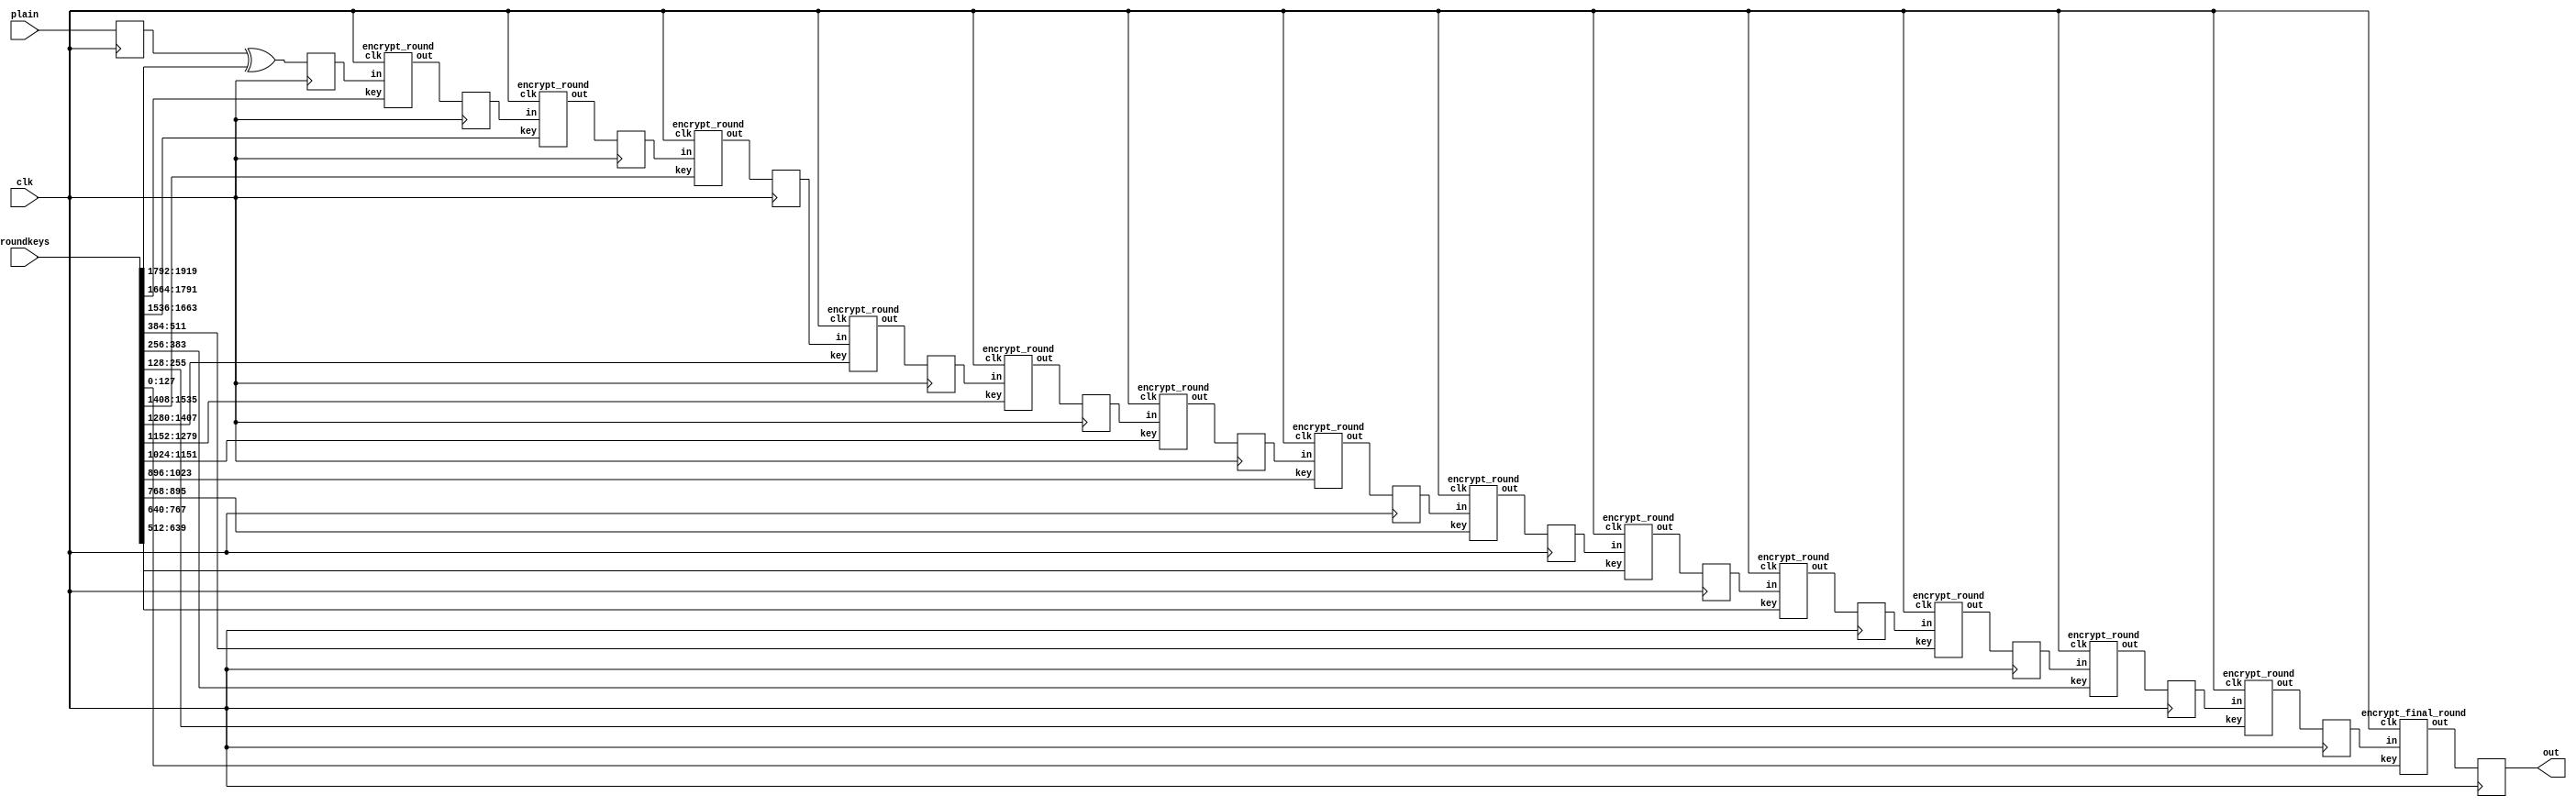
`timescale 1ns / 100fs
//////////////////////////////////////////////////////////////////////////////////
// Company: 
// Engineer: 
// 
// Design Name: 
// Module Name: AES
// Project Name: 
// Target Devices: 
// Tool Versions: 
// Description: 
// 
// Dependencies: 
// 
// Revision:
// Revision 0.01 - File Created
// Additional Comments:
// 
//////////////////////////////////////////////////////////////////////////////////
module aes_encrypt(clk, roundkeys, plain, out);
    input clk;
    input [1919:0] roundkeys;
    input [127:0] plain;
    output [127:0] out;
    
    wire[127:0] k0, k1, k2, k3, k4, k5, k6, k7, k8, k9, k10, k11, k12, k13, k14;
    assign {k0, k1, k2, k3, k4, k5, k6, k7, k8, k9, k10, k11, k12, k13, k14} = roundkeys;
    wire[127:0] w0, w1, w2, w3, w4, w5, w6, w7, w8, w9, w10, w11, w12, w13;
    reg[127:0] temp, first, r0, r1, r2, r3, r4, r5, r6, r7, r8, r9, r10, r11, r12, r13;
    assign out = r13;
    
    encrypt_round
        e0(clk, first, k1, w0),
        e1(clk, r0, k2, w1),
        e2(clk, r1, k3, w2),
        e3(clk, r2, k4, w3),
        e4(clk, r3, k5, w4),
        e5(clk, r4, k6, w5),
        e6(clk, r5, k7, w6),
        e7(clk, r6, k8, w7),
        e8(clk, r7, k9, w8),
        e9(clk, r8, k10, w9),
        e10(clk, r9, k11, w10),
        e11(clk, r10, k12, w11),
        e12(clk, r11, k13, w12);
    encrypt_final_round e14(clk, r12, k14, w13);
        
        
    
    always @(posedge clk)
    begin
        temp <= plain;
        first <= temp ^ k0;
        r0 <= w0;
        r1 <= w1;
        r2 <= w2;
        r3 <= w3;
        r4 <= w4;
        r5 <= w5;
        r6 <= w6;
        r7 <= w7;
        r8 <= w8;
        r9 <= w9;
        r10 <= w10;
        r11 <= w11;
        r12 <= w12;
        r13 <= w13;
    end
endmodule

module encrypt_round(clk, in, key, out);
    input clk;
    input [127:0] in;
    input [127:0] key;
    output [127:0] out;
    
    wire[7:0] k0, k1, k2, k3, k4, k5, k6, k7, k8, k9, k10, k11, k12, k13, k14, k15;
    assign {k0, k1, k2, k3, k4, k5, k6, k7, k8, k9, k10, k11, k12, k13, k14, k15} = key;
    wire[7:0] w0, w1, w2, w3, w4, w5, w6, w7, w8, w9, w10, w11, w12, w13, w14, w15;
    assign {w0, w1, w2, w3, w4, w5, w6, w7, w8, w9, w10, w11, w12, w13, w14, w15} = in;
    wire[7:0] s0, s1, s2, s3, s4, s5, s6, s7, s8, s9, s10, s11, s12, s13, s14, s15;
    wire[7:0] t0, t1, t2, t3, t4, t5, t6, t7, t8, t9, t10, t11, t12, t13, t14, t15;
    wire[7:0] o0, o1, o2, o3, o4, o5, o6, o7, o8, o9, o10, o11, o12, o13, o14, o15;
    
    assign out = {o0, o1, o2, o3, o4, o5, o6, o7, o8, o9, o10, o11, o12, o13, o14, o15};
    sub
        sb0(clk, w0, s0),
        sb1(clk, w1, s1),
        sb2(clk, w2, s2),
        sb3(clk, w3, s3),
        sb4(clk, w4, s4),
        sb5(clk, w5, s5),
        sb6(clk, w6, s6),
        sb7(clk, w7, s7),
        sb8(clk, w8, s8),
        sb9(clk, w9, s9),
        sb10(clk, w10, s10),
        sb11(clk, w11, s11),
        sb12(clk, w12, s12),
        sb13(clk, w13, s13),
        sb14(clk, w14, s14),
        sb15(clk, w15, s15);
    tsub
        tsb0(clk, w0, t0),
        tsb1(clk, w1, t1),
        tsb2(clk, w2, t2),
        tsb3(clk, w3, t3),
        tsb4(clk, w4, t4),
        tsb5(clk, w5, t5),
        tsb6(clk, w6, t6),
        tsb7(clk, w7, t7),
        tsb8(clk, w8, t8),
        tsb9(clk, w9, t9),
        tsb10(clk, w10, t10),
        tsb11(clk, w11, t11),
        tsb12(clk, w12, t12),
        tsb13(clk, w13, t13),
        tsb14(clk, w14, t14),
        tsb15(clk, w15, t15);
assign o0 = t0 ^ s5 ^ t5 ^ s10 ^ s15 ^ k0;
assign o1 = s0 ^ t5 ^ s10 ^ t10 ^ s15 ^ k1;
assign o2 = s0 ^ s5 ^ t10 ^ s15 ^ t15 ^ k2;
assign o3 = s0 ^ t0 ^ s5 ^ s10 ^ t15 ^ k3;
        
assign o4 = t4 ^ s9 ^ t9 ^ s14 ^ s3 ^ k4;
assign o5 = s4 ^ t9 ^ s14 ^ t14 ^ s3 ^ k5;
assign o6 = s4 ^ s9 ^ t14 ^ s3 ^ t3 ^ k6;
assign o7 = s4 ^ t4 ^ s9 ^ s14 ^ t3 ^ k7;
       
assign o8 = t8 ^ s13 ^ t13 ^ s2 ^ s7 ^ k8;
assign o9 = s8 ^ t13 ^ s2 ^ t2 ^ s7 ^ k9;
assign o10 = s8 ^ s13 ^ t2 ^ s7 ^ t7 ^ k10;
assign o11 = s8 ^ t8 ^ s13 ^ s2 ^ t7 ^ k11;
       
assign o12 = t12 ^ s1 ^ t1 ^ s6 ^ s11 ^ k12;
assign o13 = s12 ^ t1 ^ s6 ^ t6 ^ s11 ^ k13;
assign o14 = s12 ^ s1 ^ t6 ^ s11 ^ t11 ^ k14;
assign o15 = s12 ^ t12 ^ s1 ^ s6 ^ t11 ^ k15;
//    always @(posedge clk)
//    begin
//        o0 <= t0 ^ s5 ^ t5 ^ s10 ^ s15 ^ k0;
//        o1 <= s0 ^ t5 ^ s10 ^ t10 ^ s15 ^ k1;
//        o2 <= s0 ^ s5 ^ t10 ^ s15 ^ t15 ^ k2;
//        o3 <= s0 ^ t0 ^ s5 ^ s10 ^ t15 ^ k3;
        
//        o4 <= t4 ^ s9 ^ t9 ^ s14 ^ s3 ^ k4;
//        o5 <= s4 ^ t9 ^ s14 ^ t14 ^ s3 ^ k5;
//        o6 <= s4 ^ s9 ^ t14 ^ s3 ^ t3 ^ k6;
//        o7 <= s4 ^ t4 ^ s9 ^ s14 ^ t3 ^ k7;
        
//        o8 <= t8 ^ s13 ^ t13 ^ s2 ^ s7 ^ k8;
//        o9 <= s8 ^ t13 ^ s2 ^ t2 ^ s7 ^ k9;
//        o10 <= s8 ^ s13 ^ t2 ^ s7 ^ t7 ^ k10;
//        o11 <= s8 ^ t8 ^ s13 ^ s2 ^ t7 ^ k11;
        
//        o12 <= t12 ^ s1 ^ t1 ^ s6 ^ s11 ^ k12;
//        o13 <= s12 ^ t1 ^ s6 ^ t6 ^ s11 ^ k13;
//        o14 <= s12 ^ s1 ^ t6 ^ s11 ^ t11 ^ k14;
//        o15 <= s12 ^ t12 ^ s1 ^ s6 ^ t11 ^ k15;
//    end
endmodule

module encrypt_final_round(clk, in, key, out);
    input clk;
    input [127:0] in;
    input [127:0] key;
    output [127:0] out;
    
    wire[7:0] k0, k1, k2, k3, k4, k5, k6, k7, k8, k9, k10, k11, k12, k13, k14, k15;
    assign {k0, k1, k2, k3, k4, k5, k6, k7, k8, k9, k10, k11, k12, k13, k14, k15} = key;
    wire[7:0] w0, w1, w2, w3, w4, w5, w6, w7, w8, w9, w10, w11, w12, w13, w14, w15;
    assign {w0, w1, w2, w3, w4, w5, w6, w7, w8, w9, w10, w11, w12, w13, w14, w15} = in;
    wire[7:0] s0, s1, s2, s3, s4, s5, s6, s7, s8, s9, s10, s11, s12, s13, s14, s15;
    wire[7:0] t0, t1, t2, t3, t4, t5, t6, t7, t8, t9, t10, t11, t12, t13, t14, t15;
    wire[7:0] o0, o1, o2, o3, o4, o5, o6, o7, o8, o9, o10, o11, o12, o13, o14, o15;
    
    assign out = {o0, o1, o2, o3, o4, o5, o6, o7, o8, o9, o10, o11, o12, o13, o14, o15};
    sub
        sb0(clk, w0, s0),
        sb1(clk, w1, s1),
        sb2(clk, w2, s2),
        sb3(clk, w3, s3),
        sb4(clk, w4, s4),
        sb5(clk, w5, s5),
        sb6(clk, w6, s6),
        sb7(clk, w7, s7),
        sb8(clk, w8, s8),
        sb9(clk, w9, s9),
        sb10(clk, w10, s10),
        sb11(clk, w11, s11),
        sb12(clk, w12, s12),
        sb13(clk, w13, s13),
        sb14(clk, w14, s14),
        sb15(clk, w15, s15);
assign o0 = s0 ^ k0;
assign o1 = s5 ^ k1;
assign o2 = s10 ^ k2;
assign o3 = s15 ^ k3;
assign o4 = s4 ^ k4;
assign o5 = s9 ^ k5;
assign o6 = s14 ^ k6;
assign o7 = s3 ^ k7;
assign o8 = s8 ^ k8;
assign o9 = s13 ^ k9;
assign o10 = s2 ^ k10;
assign o11 = s7 ^ k11;
assign o12 = s12 ^ k12;
assign o13 = s1 ^ k13;
assign o14 = s6 ^ k14;
assign o15 = s11 ^ k15;
//    always @(posedge clk)
//    begin
//        o0 <= s0 ^ k0;
//        o1 <= s5 ^ k1;
//        o2 <= s10 ^ k2;
//        o3 <= s15 ^ k3;
//        o4 <= s4 ^ k4;
//        o5 <= s9 ^ k5;
//        o6 <= s14 ^ k6;
//        o7 <= s3 ^ k7;
//        o8 <= s8 ^ k8;
//        o9 <= s13 ^ k9;
//        o10 <= s2 ^ k10;
//        o11 <= s7 ^ k11;
//        o12 <= s12 ^ k12;
//        o13 <= s1 ^ k13;
//        o14 <= s6 ^ k14;
//        o15 <= s11 ^ k15;
//    end
endmodule

module roundkey_gen(clk, key, roundkeys);
    input clk;
    input [255:0] key;
    output wire[1919:0] roundkeys;
    wire[255:0] k0, k1, k2, k3, k4, k5, k6;
    wire[127:0] k7a;
    assign k0 = key;
    assign roundkeys = {k0, k1, k2, k3, k4, k5, k6, k7a};

    expand_key
        e1 (clk, k0, 32'h01000000, k1),
        e2 (clk, k1, 32'h02000000, k2),
        e3 (clk, k2, 32'h04000000, k3),
        e4 (clk, k3, 32'h08000000, k4),
        e5 (clk, k4, 32'h10000000, k5),
        e6 (clk, k5, 32'h20000000, k6);
     expand_key_final ekf1(clk, k6, 32'h40000000, k7a);
endmodule

module expand_key(clk, last_key, rcon, out);
    input clk;
    input [255:0] last_key;
    input [31:0] rcon;
    output [255:0] out;
    
    wire [31:0] l0, l1, l2, l3, l4, l5, l6, l7;
    wire [31:0] w0, w1, w2, w3, w4, w5, w6, w7;
    //    reg [31:0] w0, w1, w2, w3, w4, w5, w6, w7;    
    assign {l0, l1, l2, l3, l4, l5, l6, l7} = last_key;
    wire[31:0] t0, t1;
    sub4
        s0(clk, {l7[23:0], l7[31:24]}, t0),
        s4(clk, w3, t1);
//    always @(posedge clk)
//    begin
//        w0 <= t0 ^ l0 ^ rcon;
//        w1 <= t0 ^ l0 ^ rcon ^ l1;
//        w2 <= t0 ^ l0 ^ rcon ^ l1 ^ l2;
//        w3 <= t0 ^ l0 ^ rcon ^ l1 ^ l2 ^ l3;
//        w4 <= t1 ^ l4;
//        w5 <= t1 ^ l4 ^ l5;
//        w6 <= t1 ^ l4 ^ l5 ^ l6;
//        w7 <= t1 ^ l4 ^ l5 ^ l6 ^ l7;
//    end    
    
    assign w0 = t0 ^ l0 ^ rcon;
    assign w1 = t0 ^ l0 ^ rcon ^ l1;
    assign w2 = t0 ^ l0 ^ rcon ^ l1 ^ l2;
    assign w3 = t0 ^ l0 ^ rcon ^ l1 ^ l2 ^ l3;
    assign w4 = t1 ^ l4;
    assign w5 = t1 ^ l4 ^ l5;
    assign w6 = t1 ^ l4 ^ l5 ^ l6;
    assign w7 = t1 ^ l4 ^ l5 ^ l6 ^ l7;
    
    assign out = {w0, w1, w2, w3, w4, w5, w6, w7};
endmodule

module expand_key_final(clk, last_key, rcon, out);
    input clk;
    input [255:0] last_key;
    input [31:0] rcon;
    output [127:0] out;
    
    wire [31:0] l0, l1, l2, l3, l4, l5, l6, l7;
    wire [31:0] w0, w1, w2, w3;
    assign {l0, l1, l2, l3, l4, l5, l6, l7} = last_key[255:0];
    
    wire[31:0] t0;
    sub4 s4(clk, {l7[23:0], l7[31:24]}, t0);
    assign w0 = t0 ^ l0 ^ rcon;
    assign w1 = t0 ^ l0 ^ rcon ^ l1;
    assign w2 = t0 ^ l0 ^ rcon ^ l1 ^ l2;
    assign w3 = t0 ^ l0 ^ rcon ^ l1 ^ l2 ^ l3;
    
    assign out = {w0, w1, w2, w3};
endmodule

module sub4(clk, in, out);
    input clk;
    input [31:0] in;
    output [31:0] out;
    
    sub
        s0(clk, in[7:0], out[7:0]),
        s1(clk, in[15:8], out[15:8]),
        s2(clk, in[23:16], out[23:16]),
        s3(clk, in[31:24], out[31:24]);
 endmodule
 
module sub(clk, in, out);
    input clk;
    input [7:0] in;
    output reg [7:0] out;
    always @(negedge clk)
        case(in)
        8'h00: out <= 8'h63;
        8'h01: out <= 8'h7c;
        8'h02: out <= 8'h77;
        8'h03: out <= 8'h7b;
        8'h04: out <= 8'hf2;
        8'h05: out <= 8'h6b;
        8'h06: out <= 8'h6f;
        8'h07: out <= 8'hc5;
        8'h08: out <= 8'h30;
        8'h09: out <= 8'h01;
        8'h0a: out <= 8'h67;
        8'h0b: out <= 8'h2b;
        8'h0c: out <= 8'hfe;
        8'h0d: out <= 8'hd7;
        8'h0e: out <= 8'hab;
        8'h0f: out <= 8'h76;
        8'h10: out <= 8'hca;
        8'h11: out <= 8'h82;
        8'h12: out <= 8'hc9;
        8'h13: out <= 8'h7d;
        8'h14: out <= 8'hfa;
        8'h15: out <= 8'h59;
        8'h16: out <= 8'h47;
        8'h17: out <= 8'hf0;
        8'h18: out <= 8'had;
        8'h19: out <= 8'hd4;
        8'h1a: out <= 8'ha2;
        8'h1b: out <= 8'haf;
        8'h1c: out <= 8'h9c;
        8'h1d: out <= 8'ha4;
        8'h1e: out <= 8'h72;
        8'h1f: out <= 8'hc0;
        8'h20: out <= 8'hb7;
        8'h21: out <= 8'hfd;
        8'h22: out <= 8'h93;
        8'h23: out <= 8'h26;
        8'h24: out <= 8'h36;
        8'h25: out <= 8'h3f;
        8'h26: out <= 8'hf7;
        8'h27: out <= 8'hcc;
        8'h28: out <= 8'h34;
        8'h29: out <= 8'ha5;
        8'h2a: out <= 8'he5;
        8'h2b: out <= 8'hf1;
        8'h2c: out <= 8'h71;
        8'h2d: out <= 8'hd8;
        8'h2e: out <= 8'h31;
        8'h2f: out <= 8'h15;
        8'h30: out <= 8'h04;
        8'h31: out <= 8'hc7;
        8'h32: out <= 8'h23;
        8'h33: out <= 8'hc3;
        8'h34: out <= 8'h18;
        8'h35: out <= 8'h96;
        8'h36: out <= 8'h05;
        8'h37: out <= 8'h9a;
        8'h38: out <= 8'h07;
        8'h39: out <= 8'h12;
        8'h3a: out <= 8'h80;
        8'h3b: out <= 8'he2;
        8'h3c: out <= 8'heb;
        8'h3d: out <= 8'h27;
        8'h3e: out <= 8'hb2;
        8'h3f: out <= 8'h75;
        8'h40: out <= 8'h09;
        8'h41: out <= 8'h83;
        8'h42: out <= 8'h2c;
        8'h43: out <= 8'h1a;
        8'h44: out <= 8'h1b;
        8'h45: out <= 8'h6e;
        8'h46: out <= 8'h5a;
        8'h47: out <= 8'ha0;
        8'h48: out <= 8'h52;
        8'h49: out <= 8'h3b;
        8'h4a: out <= 8'hd6;
        8'h4b: out <= 8'hb3;
        8'h4c: out <= 8'h29;
        8'h4d: out <= 8'he3;
        8'h4e: out <= 8'h2f;
        8'h4f: out <= 8'h84;
        8'h50: out <= 8'h53;
        8'h51: out <= 8'hd1;
        8'h52: out <= 8'h00;
        8'h53: out <= 8'hed;
        8'h54: out <= 8'h20;
        8'h55: out <= 8'hfc;
        8'h56: out <= 8'hb1;
        8'h57: out <= 8'h5b;
        8'h58: out <= 8'h6a;
        8'h59: out <= 8'hcb;
        8'h5a: out <= 8'hbe;
        8'h5b: out <= 8'h39;
        8'h5c: out <= 8'h4a;
        8'h5d: out <= 8'h4c;
        8'h5e: out <= 8'h58;
        8'h5f: out <= 8'hcf;
        8'h60: out <= 8'hd0;
        8'h61: out <= 8'hef;
        8'h62: out <= 8'haa;
        8'h63: out <= 8'hfb;
        8'h64: out <= 8'h43;
        8'h65: out <= 8'h4d;
        8'h66: out <= 8'h33;
        8'h67: out <= 8'h85;
        8'h68: out <= 8'h45;
        8'h69: out <= 8'hf9;
        8'h6a: out <= 8'h02;
        8'h6b: out <= 8'h7f;
        8'h6c: out <= 8'h50;
        8'h6d: out <= 8'h3c;
        8'h6e: out <= 8'h9f;
        8'h6f: out <= 8'ha8;
        8'h70: out <= 8'h51;
        8'h71: out <= 8'ha3;
        8'h72: out <= 8'h40;
        8'h73: out <= 8'h8f;
        8'h74: out <= 8'h92;
        8'h75: out <= 8'h9d;
        8'h76: out <= 8'h38;
        8'h77: out <= 8'hf5;
        8'h78: out <= 8'hbc;
        8'h79: out <= 8'hb6;
        8'h7a: out <= 8'hda;
        8'h7b: out <= 8'h21;
        8'h7c: out <= 8'h10;
        8'h7d: out <= 8'hff;
        8'h7e: out <= 8'hf3;
        8'h7f: out <= 8'hd2;
        8'h80: out <= 8'hcd;
        8'h81: out <= 8'h0c;
        8'h82: out <= 8'h13;
        8'h83: out <= 8'hec;
        8'h84: out <= 8'h5f;
        8'h85: out <= 8'h97;
        8'h86: out <= 8'h44;
        8'h87: out <= 8'h17;
        8'h88: out <= 8'hc4;
        8'h89: out <= 8'ha7;
        8'h8a: out <= 8'h7e;
        8'h8b: out <= 8'h3d;
        8'h8c: out <= 8'h64;
        8'h8d: out <= 8'h5d;
        8'h8e: out <= 8'h19;
        8'h8f: out <= 8'h73;
        8'h90: out <= 8'h60;
        8'h91: out <= 8'h81;
        8'h92: out <= 8'h4f;
        8'h93: out <= 8'hdc;
        8'h94: out <= 8'h22;
        8'h95: out <= 8'h2a;
        8'h96: out <= 8'h90;
        8'h97: out <= 8'h88;
        8'h98: out <= 8'h46;
        8'h99: out <= 8'hee;
        8'h9a: out <= 8'hb8;
        8'h9b: out <= 8'h14;
        8'h9c: out <= 8'hde;
        8'h9d: out <= 8'h5e;
        8'h9e: out <= 8'h0b;
        8'h9f: out <= 8'hdb;
        8'ha0: out <= 8'he0;
        8'ha1: out <= 8'h32;
        8'ha2: out <= 8'h3a;
        8'ha3: out <= 8'h0a;
        8'ha4: out <= 8'h49;
        8'ha5: out <= 8'h06;
        8'ha6: out <= 8'h24;
        8'ha7: out <= 8'h5c;
        8'ha8: out <= 8'hc2;
        8'ha9: out <= 8'hd3;
        8'haa: out <= 8'hac;
        8'hab: out <= 8'h62;
        8'hac: out <= 8'h91;
        8'had: out <= 8'h95;
        8'hae: out <= 8'he4;
        8'haf: out <= 8'h79;
        8'hb0: out <= 8'he7;
        8'hb1: out <= 8'hc8;
        8'hb2: out <= 8'h37;
        8'hb3: out <= 8'h6d;
        8'hb4: out <= 8'h8d;
        8'hb5: out <= 8'hd5;
        8'hb6: out <= 8'h4e;
        8'hb7: out <= 8'ha9;
        8'hb8: out <= 8'h6c;
        8'hb9: out <= 8'h56;
        8'hba: out <= 8'hf4;
        8'hbb: out <= 8'hea;
        8'hbc: out <= 8'h65;
        8'hbd: out <= 8'h7a;
        8'hbe: out <= 8'hae;
        8'hbf: out <= 8'h08;
        8'hc0: out <= 8'hba;
        8'hc1: out <= 8'h78;
        8'hc2: out <= 8'h25;
        8'hc3: out <= 8'h2e;
        8'hc4: out <= 8'h1c;
        8'hc5: out <= 8'ha6;
        8'hc6: out <= 8'hb4;
        8'hc7: out <= 8'hc6;
        8'hc8: out <= 8'he8;
        8'hc9: out <= 8'hdd;
        8'hca: out <= 8'h74;
        8'hcb: out <= 8'h1f;
        8'hcc: out <= 8'h4b;
        8'hcd: out <= 8'hbd;
        8'hce: out <= 8'h8b;
        8'hcf: out <= 8'h8a;
        8'hd0: out <= 8'h70;
        8'hd1: out <= 8'h3e;
        8'hd2: out <= 8'hb5;
        8'hd3: out <= 8'h66;
        8'hd4: out <= 8'h48;
        8'hd5: out <= 8'h03;
        8'hd6: out <= 8'hf6;
        8'hd7: out <= 8'h0e;
        8'hd8: out <= 8'h61;
        8'hd9: out <= 8'h35;
        8'hda: out <= 8'h57;
        8'hdb: out <= 8'hb9;
        8'hdc: out <= 8'h86;
        8'hdd: out <= 8'hc1;
        8'hde: out <= 8'h1d;
        8'hdf: out <= 8'h9e;
        8'he0: out <= 8'he1;
        8'he1: out <= 8'hf8;
        8'he2: out <= 8'h98;
        8'he3: out <= 8'h11;
        8'he4: out <= 8'h69;
        8'he5: out <= 8'hd9;
        8'he6: out <= 8'h8e;
        8'he7: out <= 8'h94;
        8'he8: out <= 8'h9b;
        8'he9: out <= 8'h1e;
        8'hea: out <= 8'h87;
        8'heb: out <= 8'he9;
        8'hec: out <= 8'hce;
        8'hed: out <= 8'h55;
        8'hee: out <= 8'h28;
        8'hef: out <= 8'hdf;
        8'hf0: out <= 8'h8c;
        8'hf1: out <= 8'ha1;
        8'hf2: out <= 8'h89;
        8'hf3: out <= 8'h0d;
        8'hf4: out <= 8'hbf;
        8'hf5: out <= 8'he6;
        8'hf6: out <= 8'h42;
        8'hf7: out <= 8'h68;
        8'hf8: out <= 8'h41;
        8'hf9: out <= 8'h99;
        8'hfa: out <= 8'h2d;
        8'hfb: out <= 8'h0f;
        8'hfc: out <= 8'hb0;
        8'hfd: out <= 8'h54;
        8'hfe: out <= 8'hbb;
        8'hff: out <= 8'h16;
        endcase 
endmodule

module tsub(clk, in, out);
    input clk;
    input [7:0] in;
    output reg [7:0] out;
    always @(negedge clk)
        case(in)
        8'h00: out <= 8'hc6;
        8'h01: out <= 8'hf8;
        8'h02: out <= 8'hee;
        8'h03: out <= 8'hf6;
        8'h04: out <= 8'hff;
        8'h05: out <= 8'hd6;
        8'h06: out <= 8'hde;
        8'h07: out <= 8'h91;
        8'h08: out <= 8'h60;
        8'h09: out <= 8'h02;
        8'h0a: out <= 8'hce;
        8'h0b: out <= 8'h56;
        8'h0c: out <= 8'he7;
        8'h0d: out <= 8'hb5;
        8'h0e: out <= 8'h4d;
        8'h0f: out <= 8'hec;
        8'h10: out <= 8'h8f;
        8'h11: out <= 8'h1f;
        8'h12: out <= 8'h89;
        8'h13: out <= 8'hfa;
        8'h14: out <= 8'hef;
        8'h15: out <= 8'hb2;
        8'h16: out <= 8'h8e;
        8'h17: out <= 8'hfb;
        8'h18: out <= 8'h41;
        8'h19: out <= 8'hb3;
        8'h1a: out <= 8'h5f;
        8'h1b: out <= 8'h45;
        8'h1c: out <= 8'h23;
        8'h1d: out <= 8'h53;
        8'h1e: out <= 8'he4;
        8'h1f: out <= 8'h9b;
        8'h20: out <= 8'h75;
        8'h21: out <= 8'he1;
        8'h22: out <= 8'h3d;
        8'h23: out <= 8'h4c;
        8'h24: out <= 8'h6c;
        8'h25: out <= 8'h7e;
        8'h26: out <= 8'hf5;
        8'h27: out <= 8'h83;
        8'h28: out <= 8'h68;
        8'h29: out <= 8'h51;
        8'h2a: out <= 8'hd1;
        8'h2b: out <= 8'hf9;
        8'h2c: out <= 8'he2;
        8'h2d: out <= 8'hab;
        8'h2e: out <= 8'h62;
        8'h2f: out <= 8'h2a;
        8'h30: out <= 8'h08;
        8'h31: out <= 8'h95;
        8'h32: out <= 8'h46;
        8'h33: out <= 8'h9d;
        8'h34: out <= 8'h30;
        8'h35: out <= 8'h37;
        8'h36: out <= 8'h0a;
        8'h37: out <= 8'h2f;
        8'h38: out <= 8'h0e;
        8'h39: out <= 8'h24;
        8'h3a: out <= 8'h1b;
        8'h3b: out <= 8'hdf;
        8'h3c: out <= 8'hcd;
        8'h3d: out <= 8'h4e;
        8'h3e: out <= 8'h7f;
        8'h3f: out <= 8'hea;
        8'h40: out <= 8'h12;
        8'h41: out <= 8'h1d;
        8'h42: out <= 8'h58;
        8'h43: out <= 8'h34;
        8'h44: out <= 8'h36;
        8'h45: out <= 8'hdc;
        8'h46: out <= 8'hb4;
        8'h47: out <= 8'h5b;
        8'h48: out <= 8'ha4;
        8'h49: out <= 8'h76;
        8'h4a: out <= 8'hb7;
        8'h4b: out <= 8'h7d;
        8'h4c: out <= 8'h52;
        8'h4d: out <= 8'hdd;
        8'h4e: out <= 8'h5e;
        8'h4f: out <= 8'h13;
        8'h50: out <= 8'ha6;
        8'h51: out <= 8'hb9;
        8'h52: out <= 8'h00;
        8'h53: out <= 8'hc1;
        8'h54: out <= 8'h40;
        8'h55: out <= 8'he3;
        8'h56: out <= 8'h79;
        8'h57: out <= 8'hb6;
        8'h58: out <= 8'hd4;
        8'h59: out <= 8'h8d;
        8'h5a: out <= 8'h67;
        8'h5b: out <= 8'h72;
        8'h5c: out <= 8'h94;
        8'h5d: out <= 8'h98;
        8'h5e: out <= 8'hb0;
        8'h5f: out <= 8'h85;
        8'h60: out <= 8'hbb;
        8'h61: out <= 8'hc5;
        8'h62: out <= 8'h4f;
        8'h63: out <= 8'hed;
        8'h64: out <= 8'h86;
        8'h65: out <= 8'h9a;
        8'h66: out <= 8'h66;
        8'h67: out <= 8'h11;
        8'h68: out <= 8'h8a;
        8'h69: out <= 8'he9;
        8'h6a: out <= 8'h04;
        8'h6b: out <= 8'hfe;
        8'h6c: out <= 8'ha0;
        8'h6d: out <= 8'h78;
        8'h6e: out <= 8'h25;
        8'h6f: out <= 8'h4b;
        8'h70: out <= 8'ha2;
        8'h71: out <= 8'h5d;
        8'h72: out <= 8'h80;
        8'h73: out <= 8'h05;
        8'h74: out <= 8'h3f;
        8'h75: out <= 8'h21;
        8'h76: out <= 8'h70;
        8'h77: out <= 8'hf1;
        8'h78: out <= 8'h63;
        8'h79: out <= 8'h77;
        8'h7a: out <= 8'haf;
        8'h7b: out <= 8'h42;
        8'h7c: out <= 8'h20;
        8'h7d: out <= 8'he5;
        8'h7e: out <= 8'hfd;
        8'h7f: out <= 8'hbf;
        8'h80: out <= 8'h81;
        8'h81: out <= 8'h18;
        8'h82: out <= 8'h26;
        8'h83: out <= 8'hc3;
        8'h84: out <= 8'hbe;
        8'h85: out <= 8'h35;
        8'h86: out <= 8'h88;
        8'h87: out <= 8'h2e;
        8'h88: out <= 8'h93;
        8'h89: out <= 8'h55;
        8'h8a: out <= 8'hfc;
        8'h8b: out <= 8'h7a;
        8'h8c: out <= 8'hc8;
        8'h8d: out <= 8'hba;
        8'h8e: out <= 8'h32;
        8'h8f: out <= 8'he6;
        8'h90: out <= 8'hc0;
        8'h91: out <= 8'h19;
        8'h92: out <= 8'h9e;
        8'h93: out <= 8'ha3;
        8'h94: out <= 8'h44;
        8'h95: out <= 8'h54;
        8'h96: out <= 8'h3b;
        8'h97: out <= 8'h0b;
        8'h98: out <= 8'h8c;
        8'h99: out <= 8'hc7;
        8'h9a: out <= 8'h6b;
        8'h9b: out <= 8'h28;
        8'h9c: out <= 8'ha7;
        8'h9d: out <= 8'hbc;
        8'h9e: out <= 8'h16;
        8'h9f: out <= 8'had;
        8'ha0: out <= 8'hdb;
        8'ha1: out <= 8'h64;
        8'ha2: out <= 8'h74;
        8'ha3: out <= 8'h14;
        8'ha4: out <= 8'h92;
        8'ha5: out <= 8'h0c;
        8'ha6: out <= 8'h48;
        8'ha7: out <= 8'hb8;
        8'ha8: out <= 8'h9f;
        8'ha9: out <= 8'hbd;
        8'haa: out <= 8'h43;
        8'hab: out <= 8'hc4;
        8'hac: out <= 8'h39;
        8'had: out <= 8'h31;
        8'hae: out <= 8'hd3;
        8'haf: out <= 8'hf2;
        8'hb0: out <= 8'hd5;
        8'hb1: out <= 8'h8b;
        8'hb2: out <= 8'h6e;
        8'hb3: out <= 8'hda;
        8'hb4: out <= 8'h01;
        8'hb5: out <= 8'hb1;
        8'hb6: out <= 8'h9c;
        8'hb7: out <= 8'h49;
        8'hb8: out <= 8'hd8;
        8'hb9: out <= 8'hac;
        8'hba: out <= 8'hf3;
        8'hbb: out <= 8'hcf;
        8'hbc: out <= 8'hca;
        8'hbd: out <= 8'hf4;
        8'hbe: out <= 8'h47;
        8'hbf: out <= 8'h10;
        8'hc0: out <= 8'h6f;
        8'hc1: out <= 8'hf0;
        8'hc2: out <= 8'h4a;
        8'hc3: out <= 8'h5c;
        8'hc4: out <= 8'h38;
        8'hc5: out <= 8'h57;
        8'hc6: out <= 8'h73;
        8'hc7: out <= 8'h97;
        8'hc8: out <= 8'hcb;
        8'hc9: out <= 8'ha1;
        8'hca: out <= 8'he8;
        8'hcb: out <= 8'h3e;
        8'hcc: out <= 8'h96;
        8'hcd: out <= 8'h61;
        8'hce: out <= 8'h0d;
        8'hcf: out <= 8'h0f;
        8'hd0: out <= 8'he0;
        8'hd1: out <= 8'h7c;
        8'hd2: out <= 8'h71;
        8'hd3: out <= 8'hcc;
        8'hd4: out <= 8'h90;
        8'hd5: out <= 8'h06;
        8'hd6: out <= 8'hf7;
        8'hd7: out <= 8'h1c;
        8'hd8: out <= 8'hc2;
        8'hd9: out <= 8'h6a;
        8'hda: out <= 8'hae;
        8'hdb: out <= 8'h69;
        8'hdc: out <= 8'h17;
        8'hdd: out <= 8'h99;
        8'hde: out <= 8'h3a;
        8'hdf: out <= 8'h27;
        8'he0: out <= 8'hd9;
        8'he1: out <= 8'heb;
        8'he2: out <= 8'h2b;
        8'he3: out <= 8'h22;
        8'he4: out <= 8'hd2;
        8'he5: out <= 8'ha9;
        8'he6: out <= 8'h07;
        8'he7: out <= 8'h33;
        8'he8: out <= 8'h2d;
        8'he9: out <= 8'h3c;
        8'hea: out <= 8'h15;
        8'heb: out <= 8'hc9;
        8'hec: out <= 8'h87;
        8'hed: out <= 8'haa;
        8'hee: out <= 8'h50;
        8'hef: out <= 8'ha5;
        8'hf0: out <= 8'h03;
        8'hf1: out <= 8'h59;
        8'hf2: out <= 8'h09;
        8'hf3: out <= 8'h1a;
        8'hf4: out <= 8'h65;
        8'hf5: out <= 8'hd7;
        8'hf6: out <= 8'h84;
        8'hf7: out <= 8'hd0;
        8'hf8: out <= 8'h82;
        8'hf9: out <= 8'h29;
        8'hfa: out <= 8'h5a;
        8'hfb: out <= 8'h1e;
        8'hfc: out <= 8'h7b;
        8'hfd: out <= 8'ha8;
        8'hfe: out <= 8'h6d;
        8'hff: out <= 8'h2c;
        endcase
endmodule